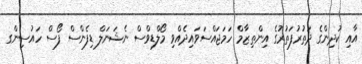
އާއި ކުދިންގެ ދަތުރުފަތުރުގެ އިންތިޒާމް ހަމަޖައްސަވައިދެއްވި މޯލްޑިވްސް ނެޝަނަލް ޑިފެންސް ފޯސް ހައުސިންގ